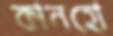
কানহো